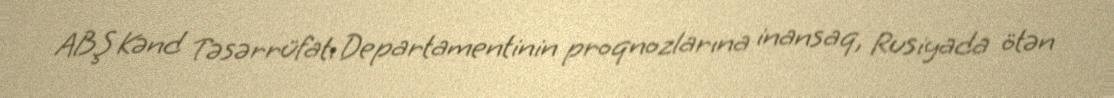
ABŞ Kənd Təsərrüfatı Departamentinin proqnozlarına inansaq, Rusiyada ötən